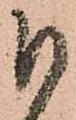
日